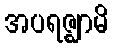
အပရဇ္ဈာမိ